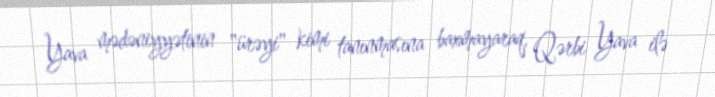
Yava mədəniyyətinin "ürəyi" kimi tanınmasına baxmayaraq, Qərbi Yava ilə